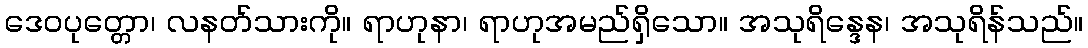
ဒေဝပုတ္တော၊ လနတ်သားကို။ ရာဟုနာ၊ ရာဟုအမည်ရှိသော။ အသုရိန္ဒေန၊ အသုရိန်သည်။